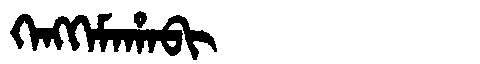
Manchu: ᡴᡝᠩᡴᡝᠮᠠᡥᠠᠪᡳ
Romanization: KENGKEMAHABI